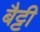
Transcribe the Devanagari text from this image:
बैट्टी